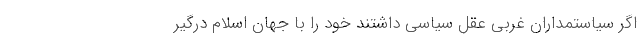
اگر سیاستمداران غربی عقل سیاسی داشتند خود را با جهان اسلام درگیر